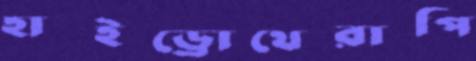
হাইড্রোথেরাপি